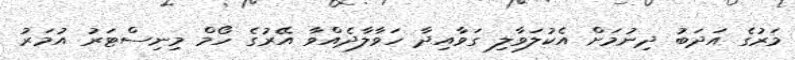
މަރުގެ އަދަބު ދިނުމަށް އެކުލަވާލި ގަވާއިދާ ހަވާލާދެއްވާ އޭރުގެ ހޯމް މިނިސްޓަރު އުމަރު